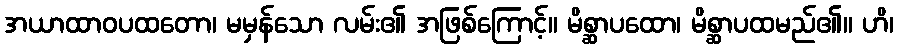
အယာထာဝပထတော၊ မမှန်သော လမ်း၏ အဖြစ်ကြောင့်။ မိစ္ဆာပထော၊ မိစ္ဆာပထမည်၏။ ဟိ၊